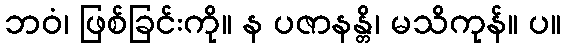
ဘဝံ၊ ဖြစ်ခြင်းကို။ န ပဇာနန္တိ၊ မသိကုန်။ ပ။